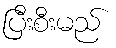
ပြီးစီးမည်